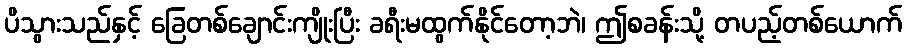
ပိသွားသည်နှင့် ခြေတစ်ချောင်းကျိုးပြီး ခရီးမထွက်နိုင်တော့ဘဲ၊ ဤစခန်းသို့ တပည့်တစ်ယောက်